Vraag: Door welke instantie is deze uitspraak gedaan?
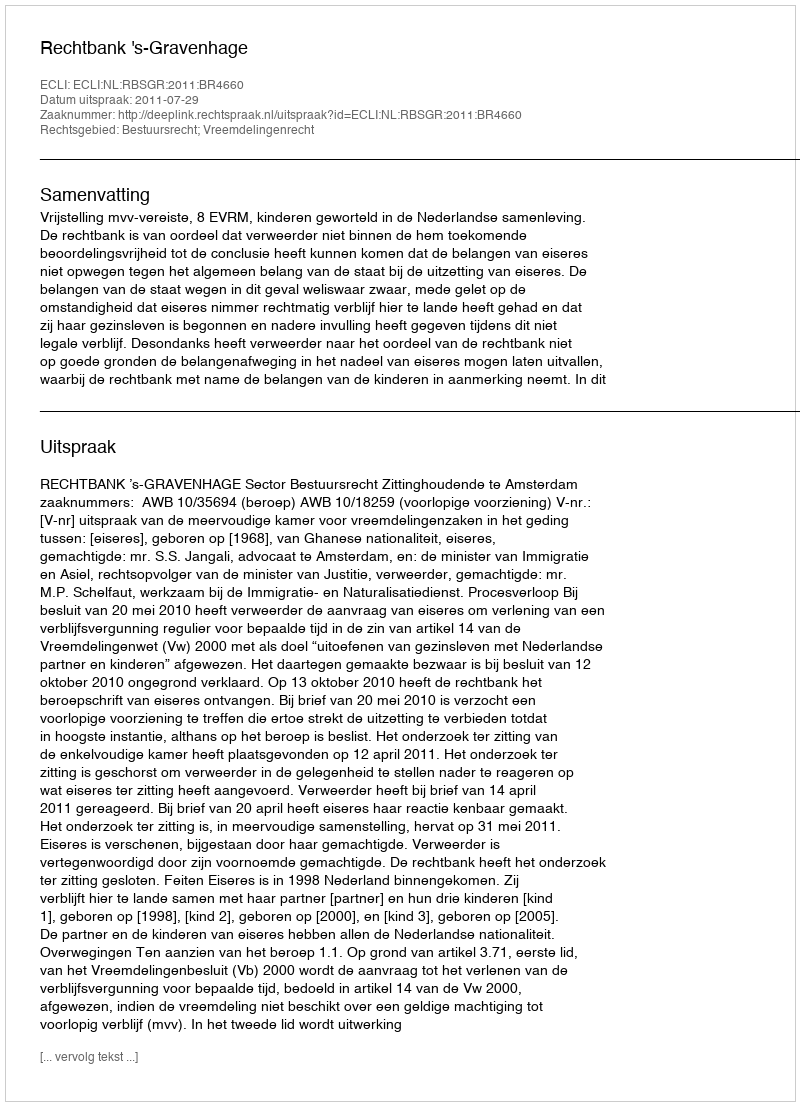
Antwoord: Rechtbank 's-Gravenhage